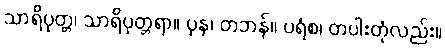
သာရိပုတ္တ၊ သာရိပုတ္တရာ။ ပုန၊ တဘန်။ ပရံစ၊ တပါးတုံလည်း။